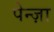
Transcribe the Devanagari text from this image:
पेन्ज़ा